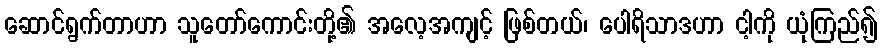
ဆောင်ရွက်တာဟာ သူတော်ကောင်းတို့၏ အလေ့အကျင့် ဖြစ်တယ်၊ ပေါရိသာဒဟာ ငါ့ကို ယုံကြည်၍